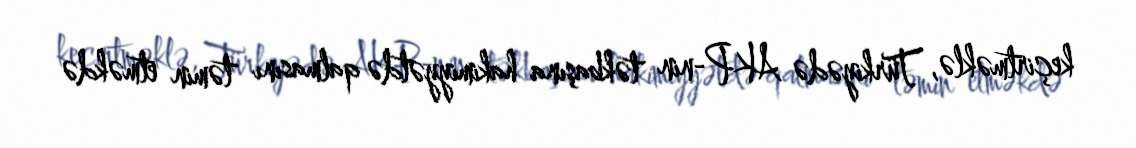
keçirtməklə, Türkiyədə AKP-nin təkbaşına hakimiyyətdə qalmasını təmin etməkdə